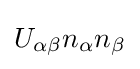
U_{\alpha \beta }n_{\alpha }n_{\beta }